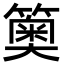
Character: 䉛